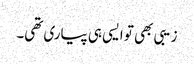
زیبی بھی تو ایسی ہی پیاری تھی۔